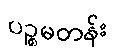
ပဉ္စမတန်း